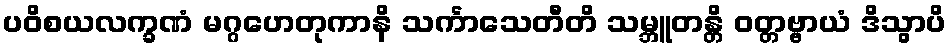
ပဝိစယလက္ခဏံ မဂ္ဂဟေတုကာနိ သင်္ကာသေတီတိ သမ္ဘူတန္တိ ဝတ္တဗ္ဗာယံ ဒိသွာပိ